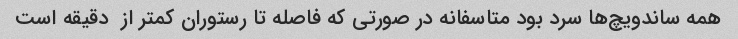
همه ساندویچ‌ها سرد بود متاسفانه در صورتی که فاصله تا رستوران کمتر از  دقیقه است